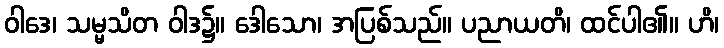
ဝါဒေ၊ သမ္မသိတ ဝါဒ၌။ ဒေါသော၊ အပြစ်သည်။ ပညာယတိ၊ ထင်ပါ၏။ ဟိ၊